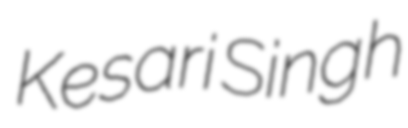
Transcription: Kesari Singh